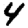
Digit: 4